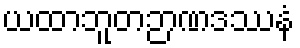
ယထာဘူတဉာဏဒဿနံ